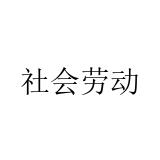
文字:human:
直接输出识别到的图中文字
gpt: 社会劳动